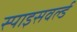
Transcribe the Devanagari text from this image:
स्पाइसवर्ल्ड